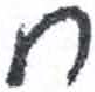
אות: ח